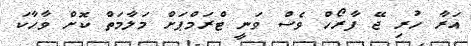
އަރާ ހުރި ޖޭ ފާރޯހް ވެސް ވަނީ ޓްރަމްޕަށް މަލާމަތް ކޮށް ވާހާކަ